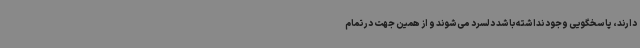
دارند، پاسخگویی وجود نداشته باشد دلسرد می‌شوند و از همین جهت در تمام